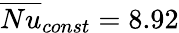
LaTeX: \overline{{Nu}}_{const}=8.92